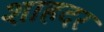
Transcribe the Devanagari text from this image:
शाहदर